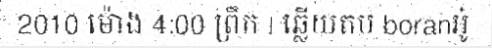
2010 ម៉ោង 4:00 ព្រឹក | ឆ្លើយតប boranអូ៎